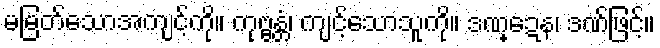
မမြတ်သောအကျင့်ကို။ ကုဗ္ဗန္တံ၊ ကျင့်သောသူကို။ ဒဏ္ဍေန၊ ဒဏ်ဖြင့်။